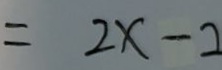
= 2 x - 2